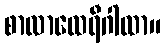
စာလာထေရီဂါထာ။